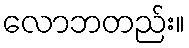
လောဘတည်း။